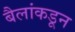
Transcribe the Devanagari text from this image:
बैलांकडून